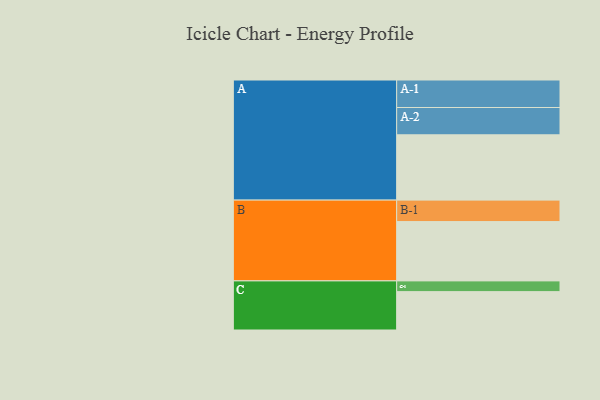
{"axis": {"x": "Segment", "y": "Value"}, "legend": ["", "A", "B", "C"], "data": [{"x": "A", "y": 596, "type": ""}, {"x": "B", "y": 541, "type": ""}, {"x": "C", "y": 350, "type": ""}, {"x": "A-1", "y": 251, "type": "A"}, {"x": "A-2", "y": 249, "type": "A"}, {"x": "B-1", "y": 196, "type": "B"}, {"x": "C-1", "y": 98, "type": "C"}]}